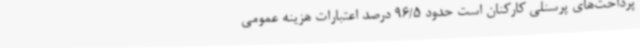
پرداخت‌های پرسنلی کارکنان است حدود 96/5 درصد اعتبارات هزینه عمومی